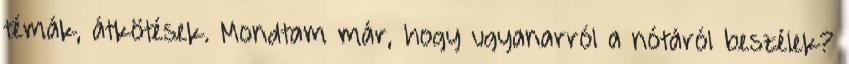
témák, átkötések. Mondtam már, hogy ugyanarról a nótáról beszélek?